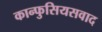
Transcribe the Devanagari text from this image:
कान्फुसियसवाद